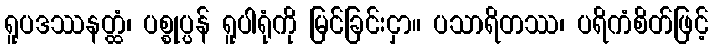
ရူပဒဿနတ္ထံ၊ ပစ္စုပ္ပန် ရူပါရုံကို မြင်ခြင်းငှာ။ ပသာရိတဿ၊ ပရိကံစိတ်ဖြင့်